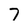
Character: 7